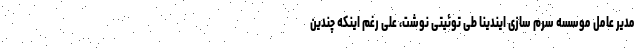
مدیر عامل موسسه سرم سازی ایندینا طی توئیتی نوشت، علی رغم اینکه چندین